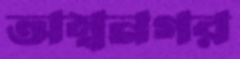
অম্বনগর